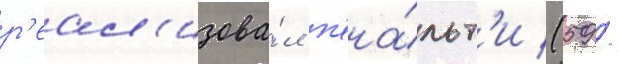
р'еал'изова́л п'ена́льт'и (59 /